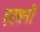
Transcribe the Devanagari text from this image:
हडसनी